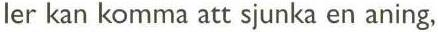
 ler kan komma att sjunka en aning,